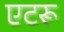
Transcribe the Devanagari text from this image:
एटरू